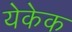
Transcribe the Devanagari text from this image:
येकेक